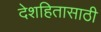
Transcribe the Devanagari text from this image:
देशहितासाठी